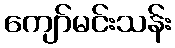
ကျော်မင်းသန်း